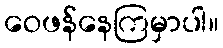
ဝေဖန်နေကြမှာပါ။